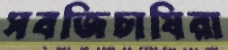
সবজিচাষিরা